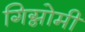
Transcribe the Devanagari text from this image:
गिग्नोमी